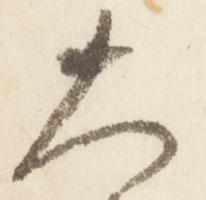
大